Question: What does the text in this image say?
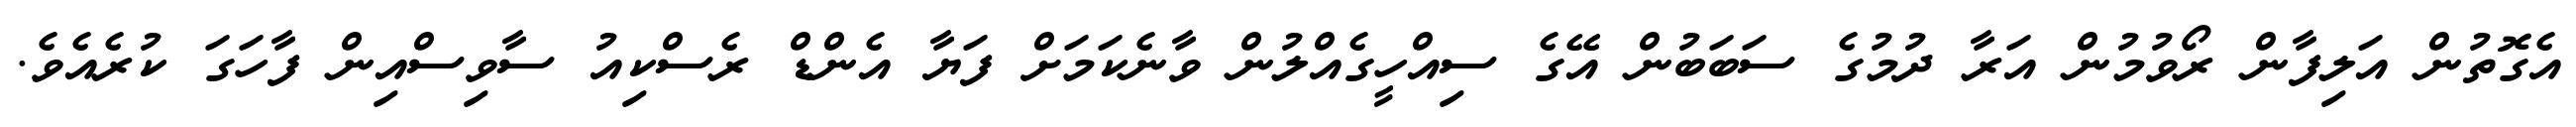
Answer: އެގޮތުން އަލިފާން ރޯވުމުން އަރާ ދުމުގެ ސަބަބުން އޭގެ ސިއްހީގެއްލުން ވާނެކަމަށް ފަޔާ އެންޑް ރެސްކިއު ސާވިސްއިން ފާހަގަ ކުރެއެވެ.